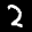
Digit: 2